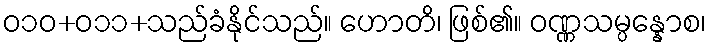
ဝ၁၀+၀၁၁+သည်ခံနိုင်သည်။ ဟောတိ၊ ဖြစ်၏။ ဝဏ္ဏသမ္ပန္နောစ၊